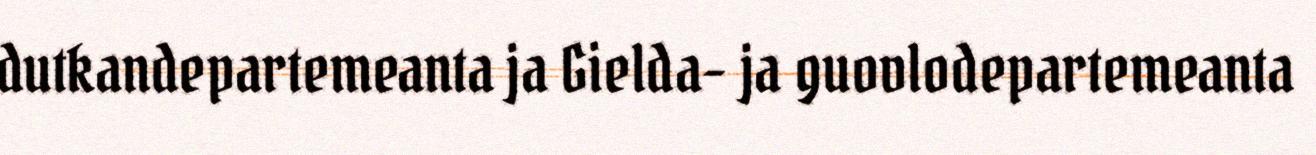
dutkandepartemeanta ja Gielda- ja guovlodepartemeanta